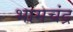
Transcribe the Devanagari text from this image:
भामचंद्र